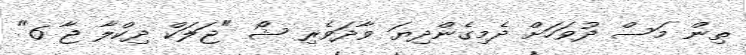
ތިން މަސް ދުވަހަށް ދެމިގެންދިޔަ ވާދަވެރި ޝޯ "ޖަލަކް ދިކްލާ ޖާ 6"